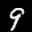
Label: 9